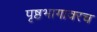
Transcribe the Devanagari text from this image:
पृष्ठभागावरच